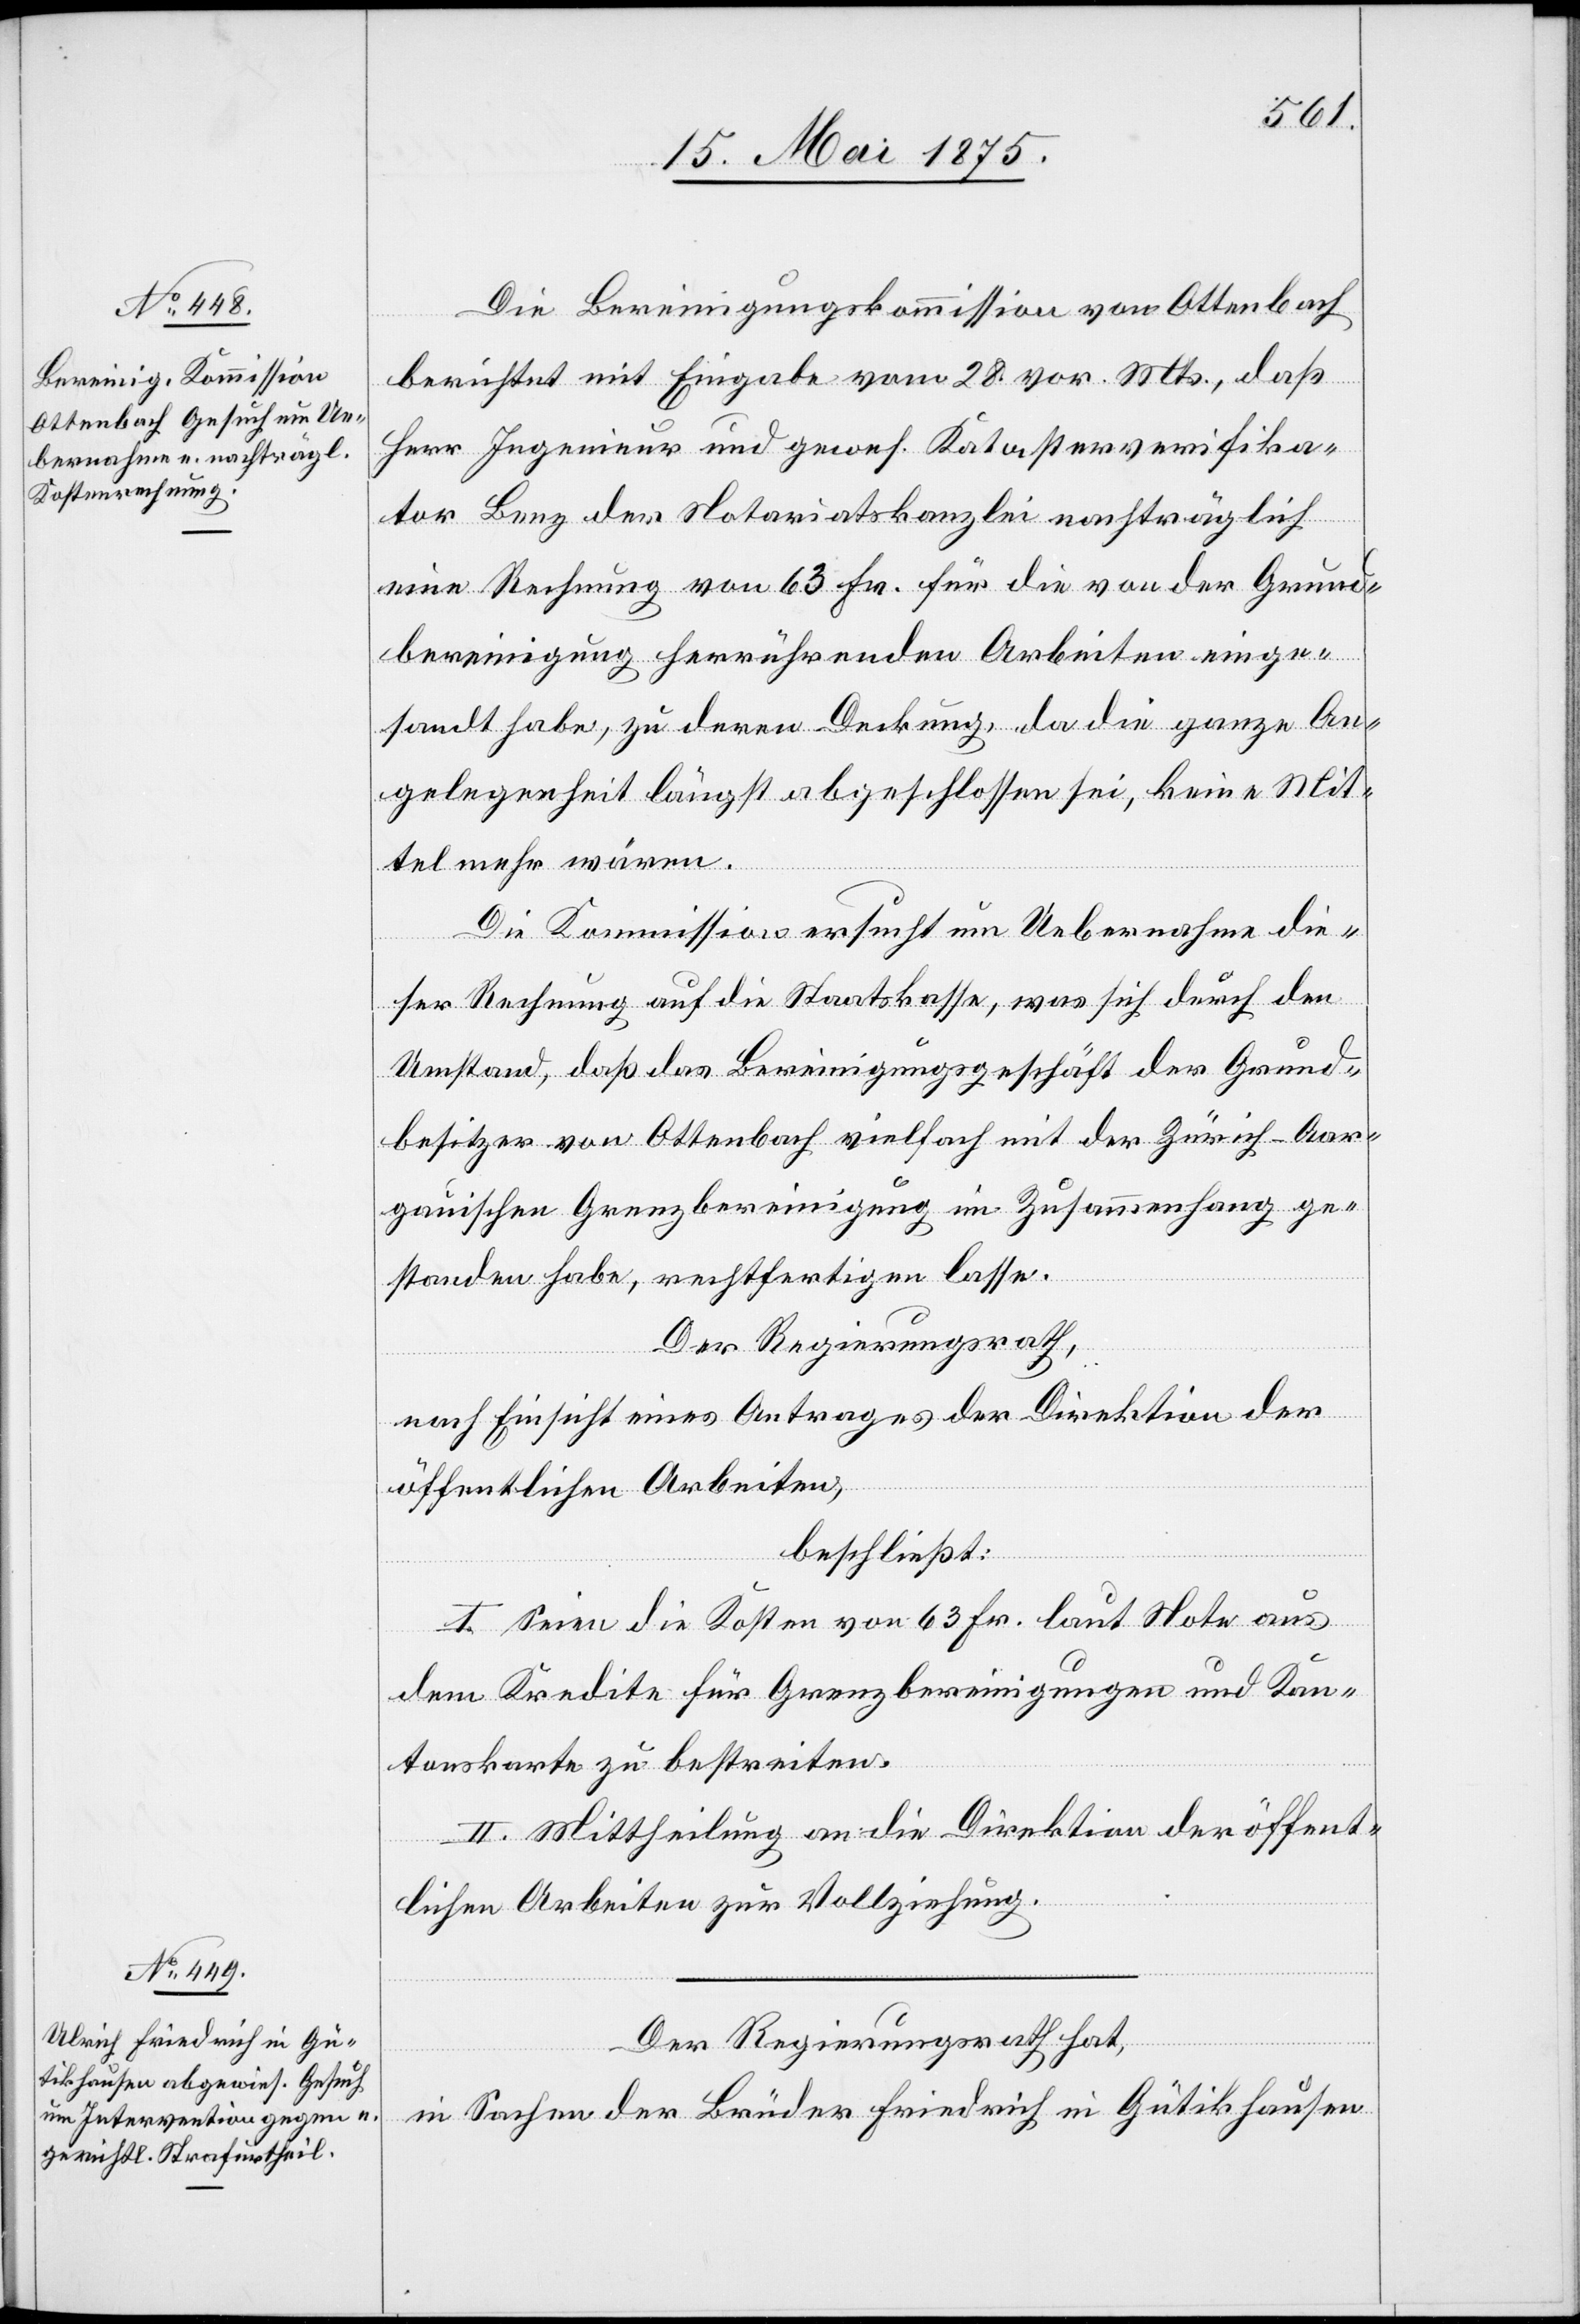
Die Bereinigungskommission von Ottenbach
berichtet mit Eingabe vom 28. vor. Mts, daß
Herr Ingenieur und gewes. Katasterverifika¬
tor Lenz der Notariatskanzlei nachträglich
eine Rechnung von 63 Fr. für die von der Grund¬
bereinigung herrührende Arbeiten einge¬
sandt habe, zu deren Deckung, da die ganze An¬
gelegenheit längst abgeschlossen sei, keine Mit¬
tel mehr wären.
Die Kommission ersucht um Uebernahme die¬
ser Rechnung auf die Staatskasse, was sich durch den
Umstand, daß das Bereinigungsgeschäft der Grund¬
besitzer von Ottenbach vielfach mit der Zürich–Aar¬
gauischen Grenzbereinigung im Zusammenhang ge¬
standen habe, rechtfertigen lasse.
Der Regierungsrath,
nach Einsicht eines Antrages der Direktion der
öffentlichen Arbeiten,
beschließt:
I. Seien die Kosten von 63 Fr. laut Note aus
dem Kredite für Grenzbereinigungen und Kan¬
tonskarte zu bestreiten.
II. Mittheilung an die Direktion der öffent¬
lichen Arbeiten zur Vollziehung.
Der Regierungsrath hat,
in Sachen der Brüder Friedrich in Gütikhausen